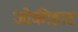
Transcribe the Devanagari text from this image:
जोकीहाट